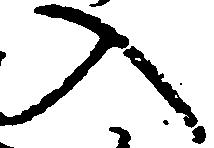
入